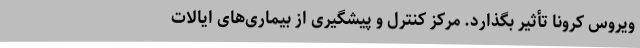
ویروس کرونا تأثیر بگذارد. مرکز کنترل و پیشگیری از بیماری‌های ایالات